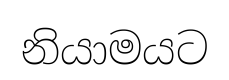
නියාමයට